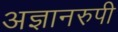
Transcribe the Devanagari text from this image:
अज्ञानरुपी